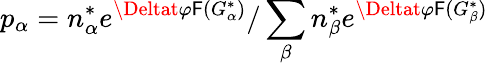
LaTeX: p_{\alpha}=n_{\alpha}^{*}e^{\Deltat\varphi\mathsf{F}(G_{\alpha}^{*})}/\sum_{\beta}n_{\beta}^{*}e^{\Deltat\varphi\mathsf{F}(G_{\beta}^{*})}